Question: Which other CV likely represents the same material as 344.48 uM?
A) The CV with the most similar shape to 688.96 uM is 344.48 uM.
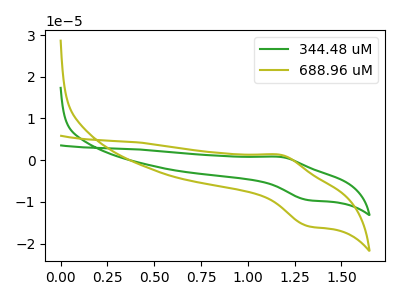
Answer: <think>The green curve "344.48 uM" has an anodic peak at (1.20V, 0.75uA) and a cathodic peak at (1.30V, -9.55uA). The olive curve "688.96 uM" has an anodic peak at (1.20V, 1.30uA) and a cathodic peak at (1.30V, -15.80uA).
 All the peaks in "344.48 uM" have a peak in "688.96 uM" at the same potential. Every peak in "344.48 uM" is lower than every peak in "688.96 uM".</think>
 <answer>A) The CV with the most similar shape to "688.96 uM" is "344.48 uM".</answer>
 <eval>A</eval>